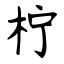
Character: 柠